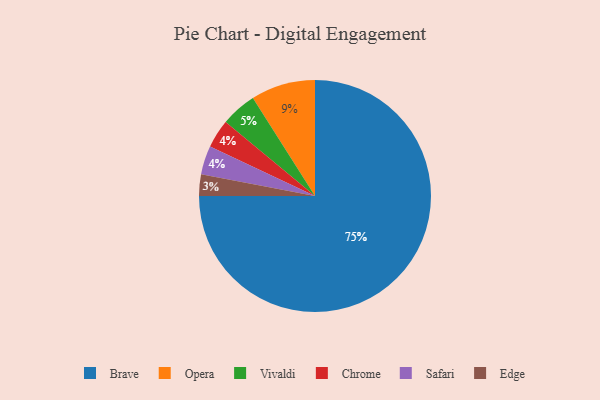
{"axis": {"x": "Category", "y": "Percentage"}, "legend": ["Brave", "Chrome", "Edge", "Opera", "Safari", "Vivaldi"], "data": [{"x": "Opera", "y": 9, "type": "Opera"}, {"x": "Brave", "y": 75, "type": "Brave"}, {"x": "Vivaldi", "y": 5, "type": "Vivaldi"}, {"x": "Chrome", "y": 4, "type": "Chrome"}, {"x": "Safari", "y": 4, "type": "Safari"}, {"x": "Edge", "y": 3, "type": "Edge"}]}